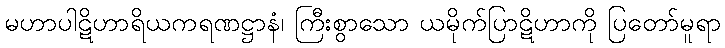
မဟာပါဋိဟာရိယကရဏဋ္ဌာနံ၊ ကြီးစွာသော ယမိုက်ပြာဋိဟာကို ပြတော်မူရာ